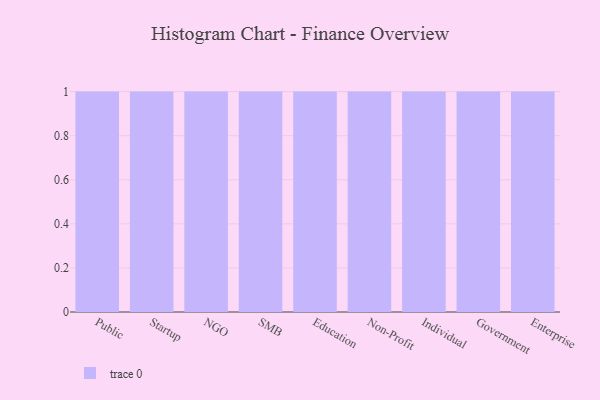
{"axis": {"x": "Segment", "y": "Temperature (°C)"}, "legend": [""], "data": [{"x": "Public", "y": 7, "type": ""}, {"x": "Startup", "y": 25, "type": ""}, {"x": "NGO", "y": 10, "type": ""}, {"x": "SMB", "y": 92, "type": ""}, {"x": "Education", "y": 12, "type": ""}, {"x": "Non-Profit", "y": 92, "type": ""}, {"x": "Individual", "y": 20, "type": ""}, {"x": "Government", "y": 11, "type": ""}, {"x": "Enterprise", "y": 77, "type": ""}]}